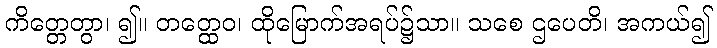
ကိတ္တေတွာ၊ ၍။ တတ္ထေဝ၊ ထိုမြောက်အရပ်၌သာ။ သစေ ဌပေတိ၊ အကယ်၍